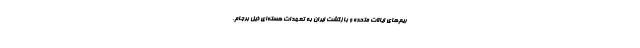
ریم‌های ایالات متحده و بازگشت ایران به تعهدات هسته‌ای ذیل برجام،